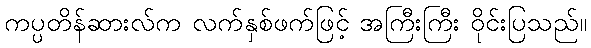
ကပ္ပတိန်ဆားလ်က လက်နှစ်ဖက်ဖြင့် အကြီးကြီး ဝိုင်းပြသည်။